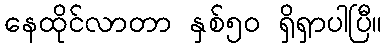
နေထိုင်လာတာ နှစ်၅၀ ရှိရှာပါပြီ။